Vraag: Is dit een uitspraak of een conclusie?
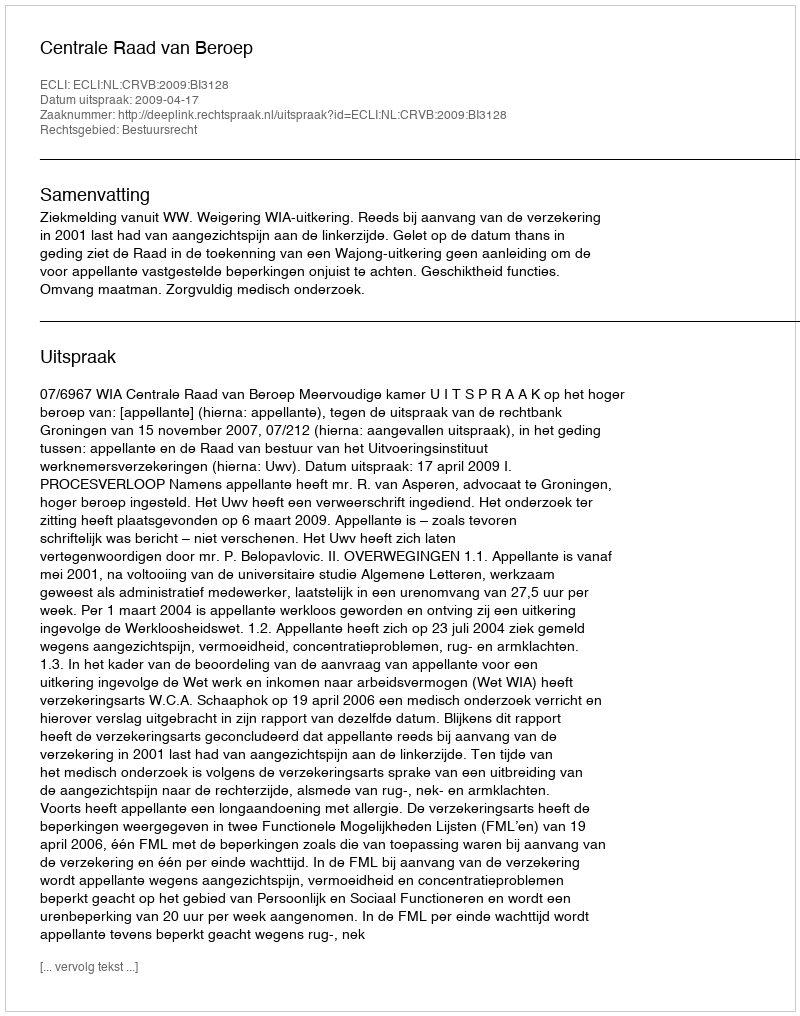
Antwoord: Uitspraak